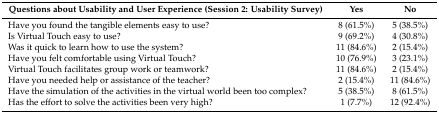
<table><thead><tr><td><b>Questions about Usability and User Experience (Session 2: Usability Survey)</b></td><td><b>Yes</b></td><td><b>No</b></td></tr></thead><tbody><tr><td>Have you found the tangible elements easy to use?</td><td>8 (61.5%)</td><td>5 (38.5%)</td></tr><tr><td>Is Virtual Touch easy to use?</td><td>9 (69.2%)</td><td>4 (30.8%)</td></tr><tr><td>Was it quick to learn how to use the system?</td><td>11 (84.6%)</td><td>2 (15.4%)</td></tr><tr><td>Have you felt comfortable using Virtual Touch?</td><td>10 (76.9%)</td><td>3 (23.1%)</td></tr><tr><td>Virtual Touch facilitates group work or teamwork?</td><td>11 (84.6%)</td><td>2 (15.4%)</td></tr><tr><td>Have you needed help or assistance of the teacher?</td><td>2 (15.4%)</td><td>11 (84.6%)</td></tr><tr><td>Have the simulation of the activities in the virtual world been too complex?</td><td>5 (38.5%)</td><td>8 (61.5%)</td></tr><tr><td>Has the effort to solve the activities been very high?</td><td>1 (7.7%)</td><td>12 (92.4%)</td></tr></tbody></table>